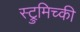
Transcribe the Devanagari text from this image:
स्ट्रुमिच्की